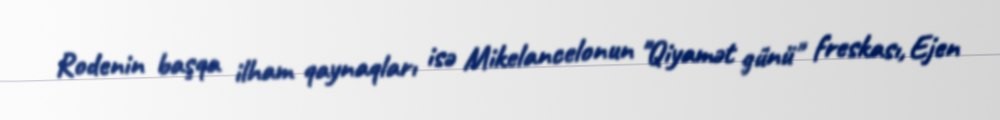
Rodenin başqa ilham qaynaqları isə Mikelancelonun "Qiyamət günü" freskası, Ejen